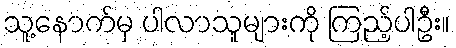
သူ့နောက်မှ ပါလာသူများကို ကြည့်ပါဦး။